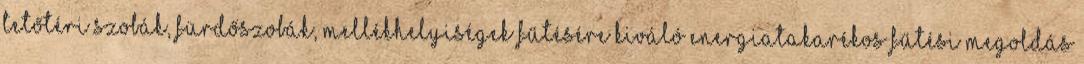
tetőtéri szobák, fürdőszobák, mellékhelyiségek fűtésére kiváló energiatakarékos fűtési megoldás